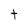
Character: t